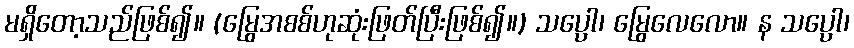
မရှိတော့သည်ဖြစ်၍။ (မြွေအစစ်ဟုဆုံးဖြတ်ပြီးဖြစ်၍။) သပ္ပော၊ မြွေလေလော။ န သပ္ပော၊